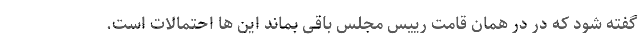
گفته شود که در در همان قامت رییس مجلس باقی بماند این ها احتمالات است.